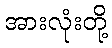
အားလုံးတို့